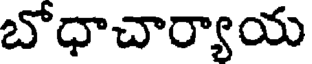
బోధాచార్యాయ